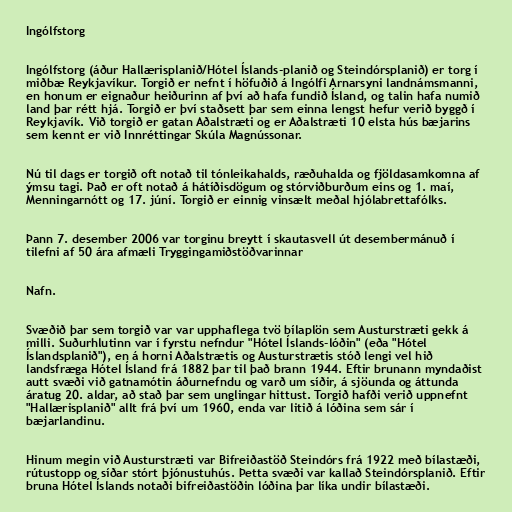
Ingólfstorg

Ingólfstorg (áður Hallærisplanið/Hótel Íslands-planið og Steindórsplanið) er torg í
miðbæ Reykjavíkur. Torgið er nefnt í höfuðið á Ingólfi Arnarsyni landnámsmanni,
en honum er eignaður heiðurinn af því að hafa fundið Ísland, og talin hafa numið
land þar rétt hjá. Torgið er því staðsett þar sem einna lengst hefur verið byggð í
Reykjavík. Við torgið er gatan Aðalstræti og er Aðalstræti 10 elsta hús bæjarins
sem kennt er við Innréttingar Skúla Magnússonar.

Nú til dags er torgið oft notað til tónleikahalds, ræðuhalda og fjöldasamkomna af
ýmsu tagi. Það er oft notað á hátíðisdögum og stórviðburðum eins og 1. maí,
Menningarnótt og 17. júní. Torgið er einnig vinsælt meðal hjólabrettafólks.

Þann 7. desember 2006 var torginu breytt í skautasvell út desembermánuð í
tilefni af 50 ára afmæli Tryggingamiðstöðvarinnar

Nafn.

Svæðið þar sem torgið var var upphaflega tvö bílaplön sem Austurstræti gekk á
milli. Suðurhlutinn var í fyrstu nefndur "Hótel Íslands-lóðin" (eða "Hótel
Íslandsplanið"), en á horni Aðalstrætis og Austurstrætis stóð lengi vel hið
landsfræga Hótel Ísland frá 1882 þar til það brann 1944. Eftir brunann myndaðist
autt svæði við gatnamótin áðurnefndu og varð um síðir, á sjöunda og áttunda
áratug 20. aldar, að stað þar sem unglingar hittust. Torgið hafði verið uppnefnt
"Hallærisplanið" allt frá því um 1960, enda var litið á lóðina sem sár í
bæjarlandinu.

Hinum megin við Austurstræti var Bifreiðastöð Steindórs frá 1922 með bílastæði,
rútustopp og síðar stórt þjónustuhús. Þetta svæði var kallað Steindórsplanið. Eftir
bruna Hótel Íslands notaði bifreiðastöðin lóðina þar líka undir bílastæði.